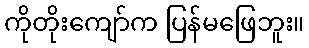
ကိုတိုးကျော်က ပြန်မဖြေဘူး။